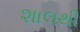
શાલથી